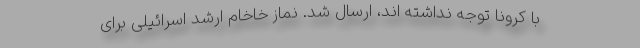
با کرونا توجه نداشته اند، ارسال شد. نماز خاخام ارشد اسرائیلی برای